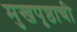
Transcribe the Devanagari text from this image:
मुखपृष्ठाची